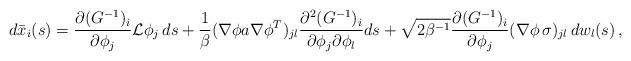
LaTeX: \begin{align*} d\bar{x}_i(s) = \frac{\partial (G^{-1})_i}{\partial \phi_j} \mathcal{L}\phi_j\,ds + \frac{1}{\beta} (\nabla \phi a \nabla\phi^T)_{jl} \frac{\partial^2 (G^{-1})_{i}}{\partial \phi_j\partial \phi_l} ds + \sqrt{2\beta^{-1}} \frac{\partial (G^{-1})_i}{\partial \phi_j} (\nabla \phi\,\sigma)_{jl}\, dw_l(s)\,, \end{align*}